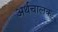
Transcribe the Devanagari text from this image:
अर्थचालक